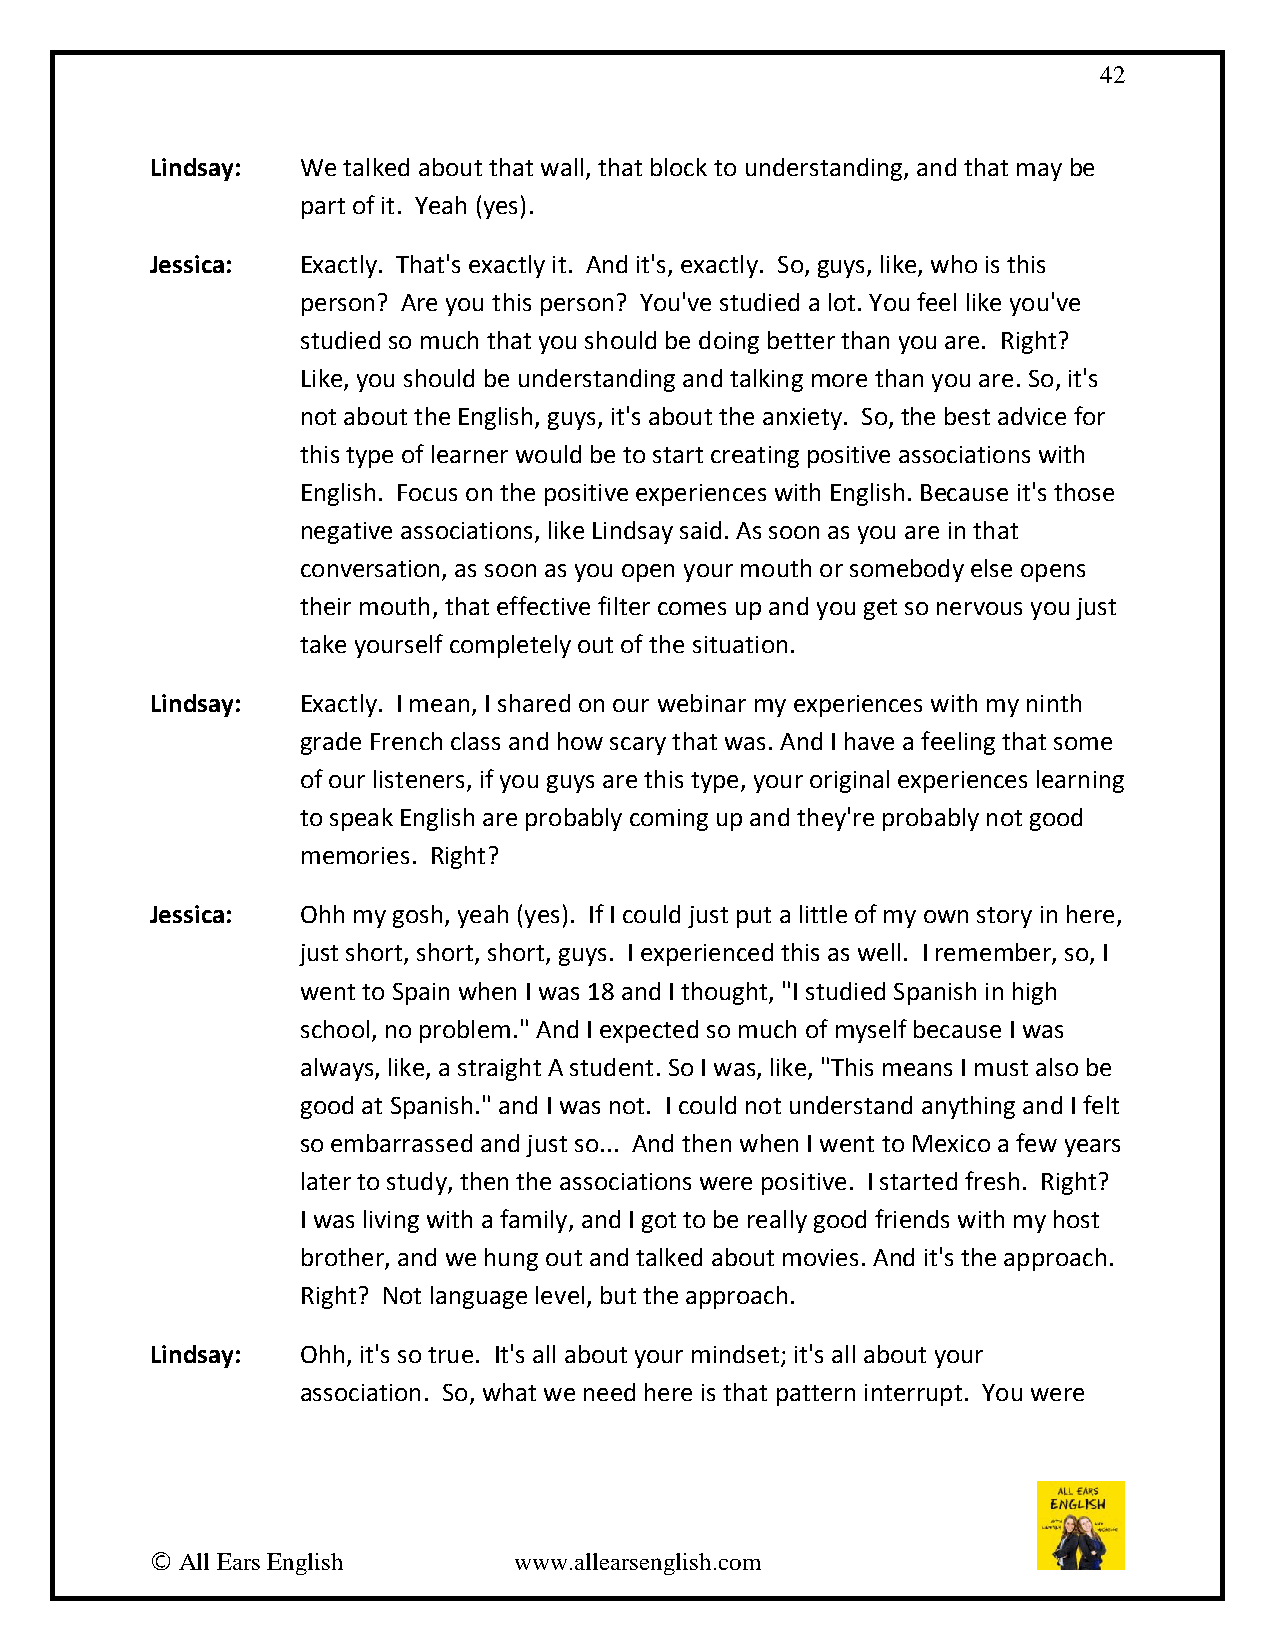
42
 Lindsay:  We talked about that wall, that block to understanding, and that may be
 part of it. Yeah (yes).
 Jessica:  Exactly. That's exactly it. And it's, exactly. So, guys, like, who is this
 person? Are you this person? You've studied a lot. You feel like you've
 studied so much that you should be doing better than you are. Right?
 Like, you should be understanding and talking more than you are. So, it's
 not about the English, guys, it's about the anxiety. So, the best advice for
 this type of learner would be to start creating positive associations with
 English. Focus on the positive experiences with English. Because it's those
 negative associations, like Lindsay said. As soon as you are in that
 conversation, as soon as you open your mouth or somebody else opens
 their mouth, that effective filter comes up and you get so nervous you just
 take yourself completely out of the situation.
 Lindsay:  Exactly. I mean, I shared on our webinar my experiences with my ninth
 grade French class and how scary that was. And I have a feeling that some
 of our listeners, if you guys are this type, your original experiences learning
 to speak English are probably coming up and they're probably not good
 memories. Right?
 Jessica:  Ohh my gosh, yeah (yes). If I could just put a little of my own story in here,
 just short, short, short, guys. I experienced this as well. I remember, so, I
 went to Spain when I was 18 and I thought, "I studied Spanish in high
 school, no problem." And I expected so much of myself because I was
 always, like, a straight A student. So I was, like, "This means I must also be
 good at Spanish." and I was not. I could not understand anything and I felt
 so embarrassed and just so... And then when I went to Mexico a few years
 later to study, then the associations were positive. I started fresh. Right?
 I was living with a family, and I got to be really good friends with my host
 brother, and we hung out and talked about movies. And it's the approach.
 Right? Not language level, but the approach.
 Lindsay:  Ohh, it's so true. It's all about your mindset; it's all about your
 association. So, what we need here is that pattern interrupt. You were
 © All Ears English      www.allearsenglish.com